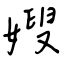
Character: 嫂